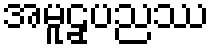
အမူဠှပညဿ